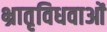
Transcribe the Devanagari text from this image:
भ्रातृविधवाओं